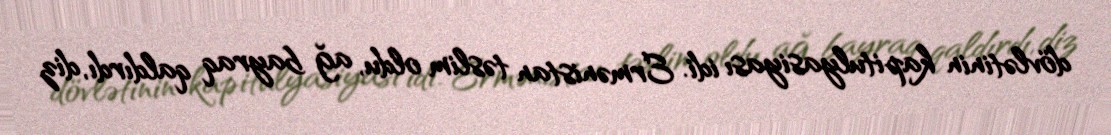
dövlətinin kapitulyasiyası idi. Ermənistan təslim oldu, ağ bayraq qaldırdı, diz